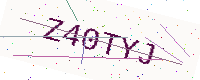
Text: Z40TYJ